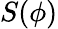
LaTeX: S(\phi)